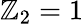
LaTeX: \mathbb{Z}_{2}=1